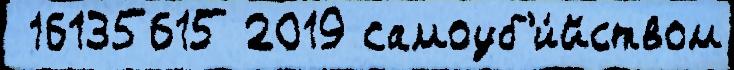
 16135615 2019 самоуб'и́йством